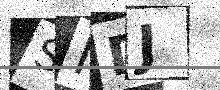
Text: SIDJ